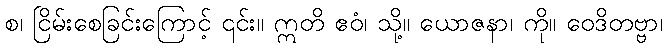
စ၊ ငြိမ်းစေခြင်းကြောင့် ၎င်း။ ဣတိ ဧဝံ၊ သို့။ ယောဇနာ၊ ကို။ ဝေဒိတဗ္ဗာ၊